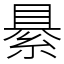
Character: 䋰